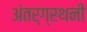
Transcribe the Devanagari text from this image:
अंतर्ग्रथनी